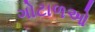
ગોટાળઓ